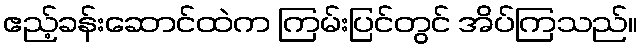
ဧည့်ခန်းဆောင်ထဲက ကြမ်းပြင်တွင် အိပ်ကြသည်။